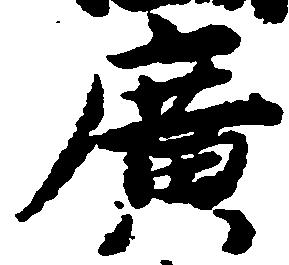
広